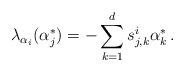
LaTeX: \begin{align*}\lambda_{\alpha_i}(\alpha_j^*) = - \sum_{k=1}^d s_{j,k}^i\alpha_k^*\,.\end{align*}